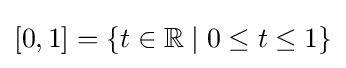
[0,1]=\{t\in \mathbb {R} \mid 0\leq t\leq 1\}